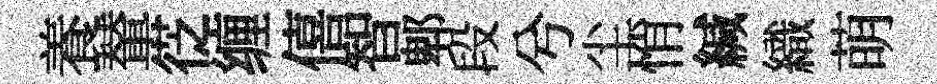
養輦徔缠僖智郫段兮尘悄緘織萌